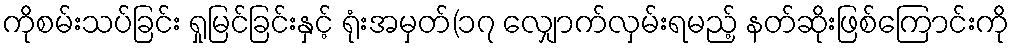
ကိုစမ်းသပ်ခြင်း ရှုမြင်ခြင်းနှင့် ရုံးအမှတ်(၁၇ လျှောက်လှမ်းရမည့် နတ်ဆိုးဖြစ်ကြောင်းကို